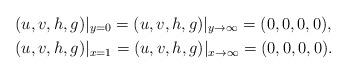
LaTeX: \begin{align*} &(u,v,h,g)|_{y=0}=(u,v,h,g)|_{y\rightarrow\infty}=(0,0,0,0),\\ &(u,v,h,g)|_{x=1}=(u,v,h,g)|_{x\rightarrow\infty}=(0,0,0,0).\end{align*}